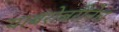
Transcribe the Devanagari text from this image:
याबरोबरीनेच